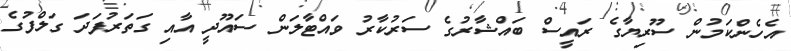
އެހެންކަމުން ސޫރިޔާގެ ރައީސް ބައްޝާރުގެ ސަރުކާރު ވައްޓާލަން ސައޫދީ އާއި ގަތަރުފަދަ ގަލްފުގެ